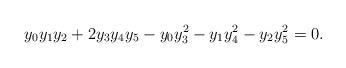
LaTeX: \begin{align*}y_0y_1y_2+2y_3y_4y_5-y_0y_3^2-y_1y_4^2-y_2y_5^2=0.\end{align*}